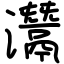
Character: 灊